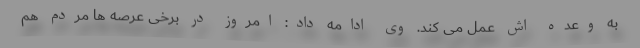
به وعده اش عمل می کند. وی ادامه داد: امروز در برخی عرصه ها مردم هم